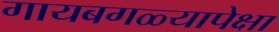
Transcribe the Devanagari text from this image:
गायबगळ्यापेक्षा